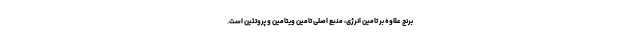
برنج علاوه بر تامین انرژی، منبع اصلی تامین ویتامین و پروتئین است.